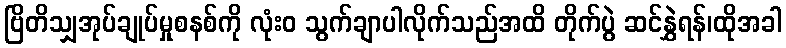
ဗြိတိသျှအုပ်ချုပ်မှုစနစ်ကို လုံးဝ သွက်ချာပါလိုက်သည်အထိ တိုက်ပွဲ ဆင်နွှဲရန်၊ထိုအခါ